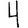
Digit: 4